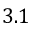
3 . 1